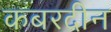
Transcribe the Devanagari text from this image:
कबरदीन